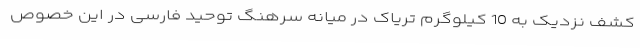
کشف نزدیک به 10 کیلوگرم تریاک در میانه سرهنگ توحید فارسی در این خصوص